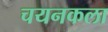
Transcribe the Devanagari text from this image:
चयनकला